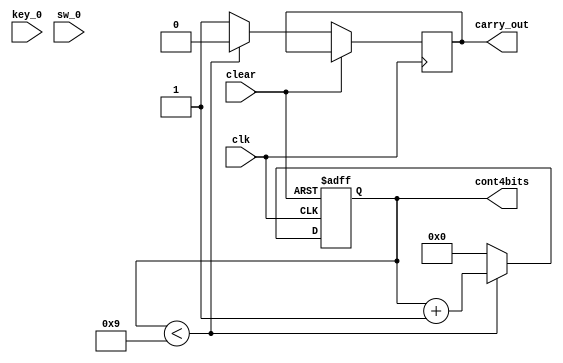
module contador_0a9(clk,clear,cont4bits,carry_out,key_0,sw_0);

input clk;
input clear;
input key_0;
input sw_0;
output reg[3:0] cont4bits;
output reg carry_out;

always @(posedge clk or posedge clear)
begin
	if(clear == 1'b1)begin
		cont4bits[3:0] = 4'b0000;
	end
	else begin
		if(cont4bits[3:0] < 4'b1001)begin
			cont4bits[3:0] = cont4bits[3:0] + 1;
			carry_out = 0;
		end
		else begin
			cont4bits[3:0] = 4'b0000;
			carry_out = 1;
		end
	end
end

endmodule